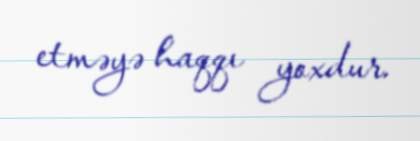
etməyə haqqı yoxdur.